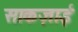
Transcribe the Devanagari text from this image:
साकज़ाई